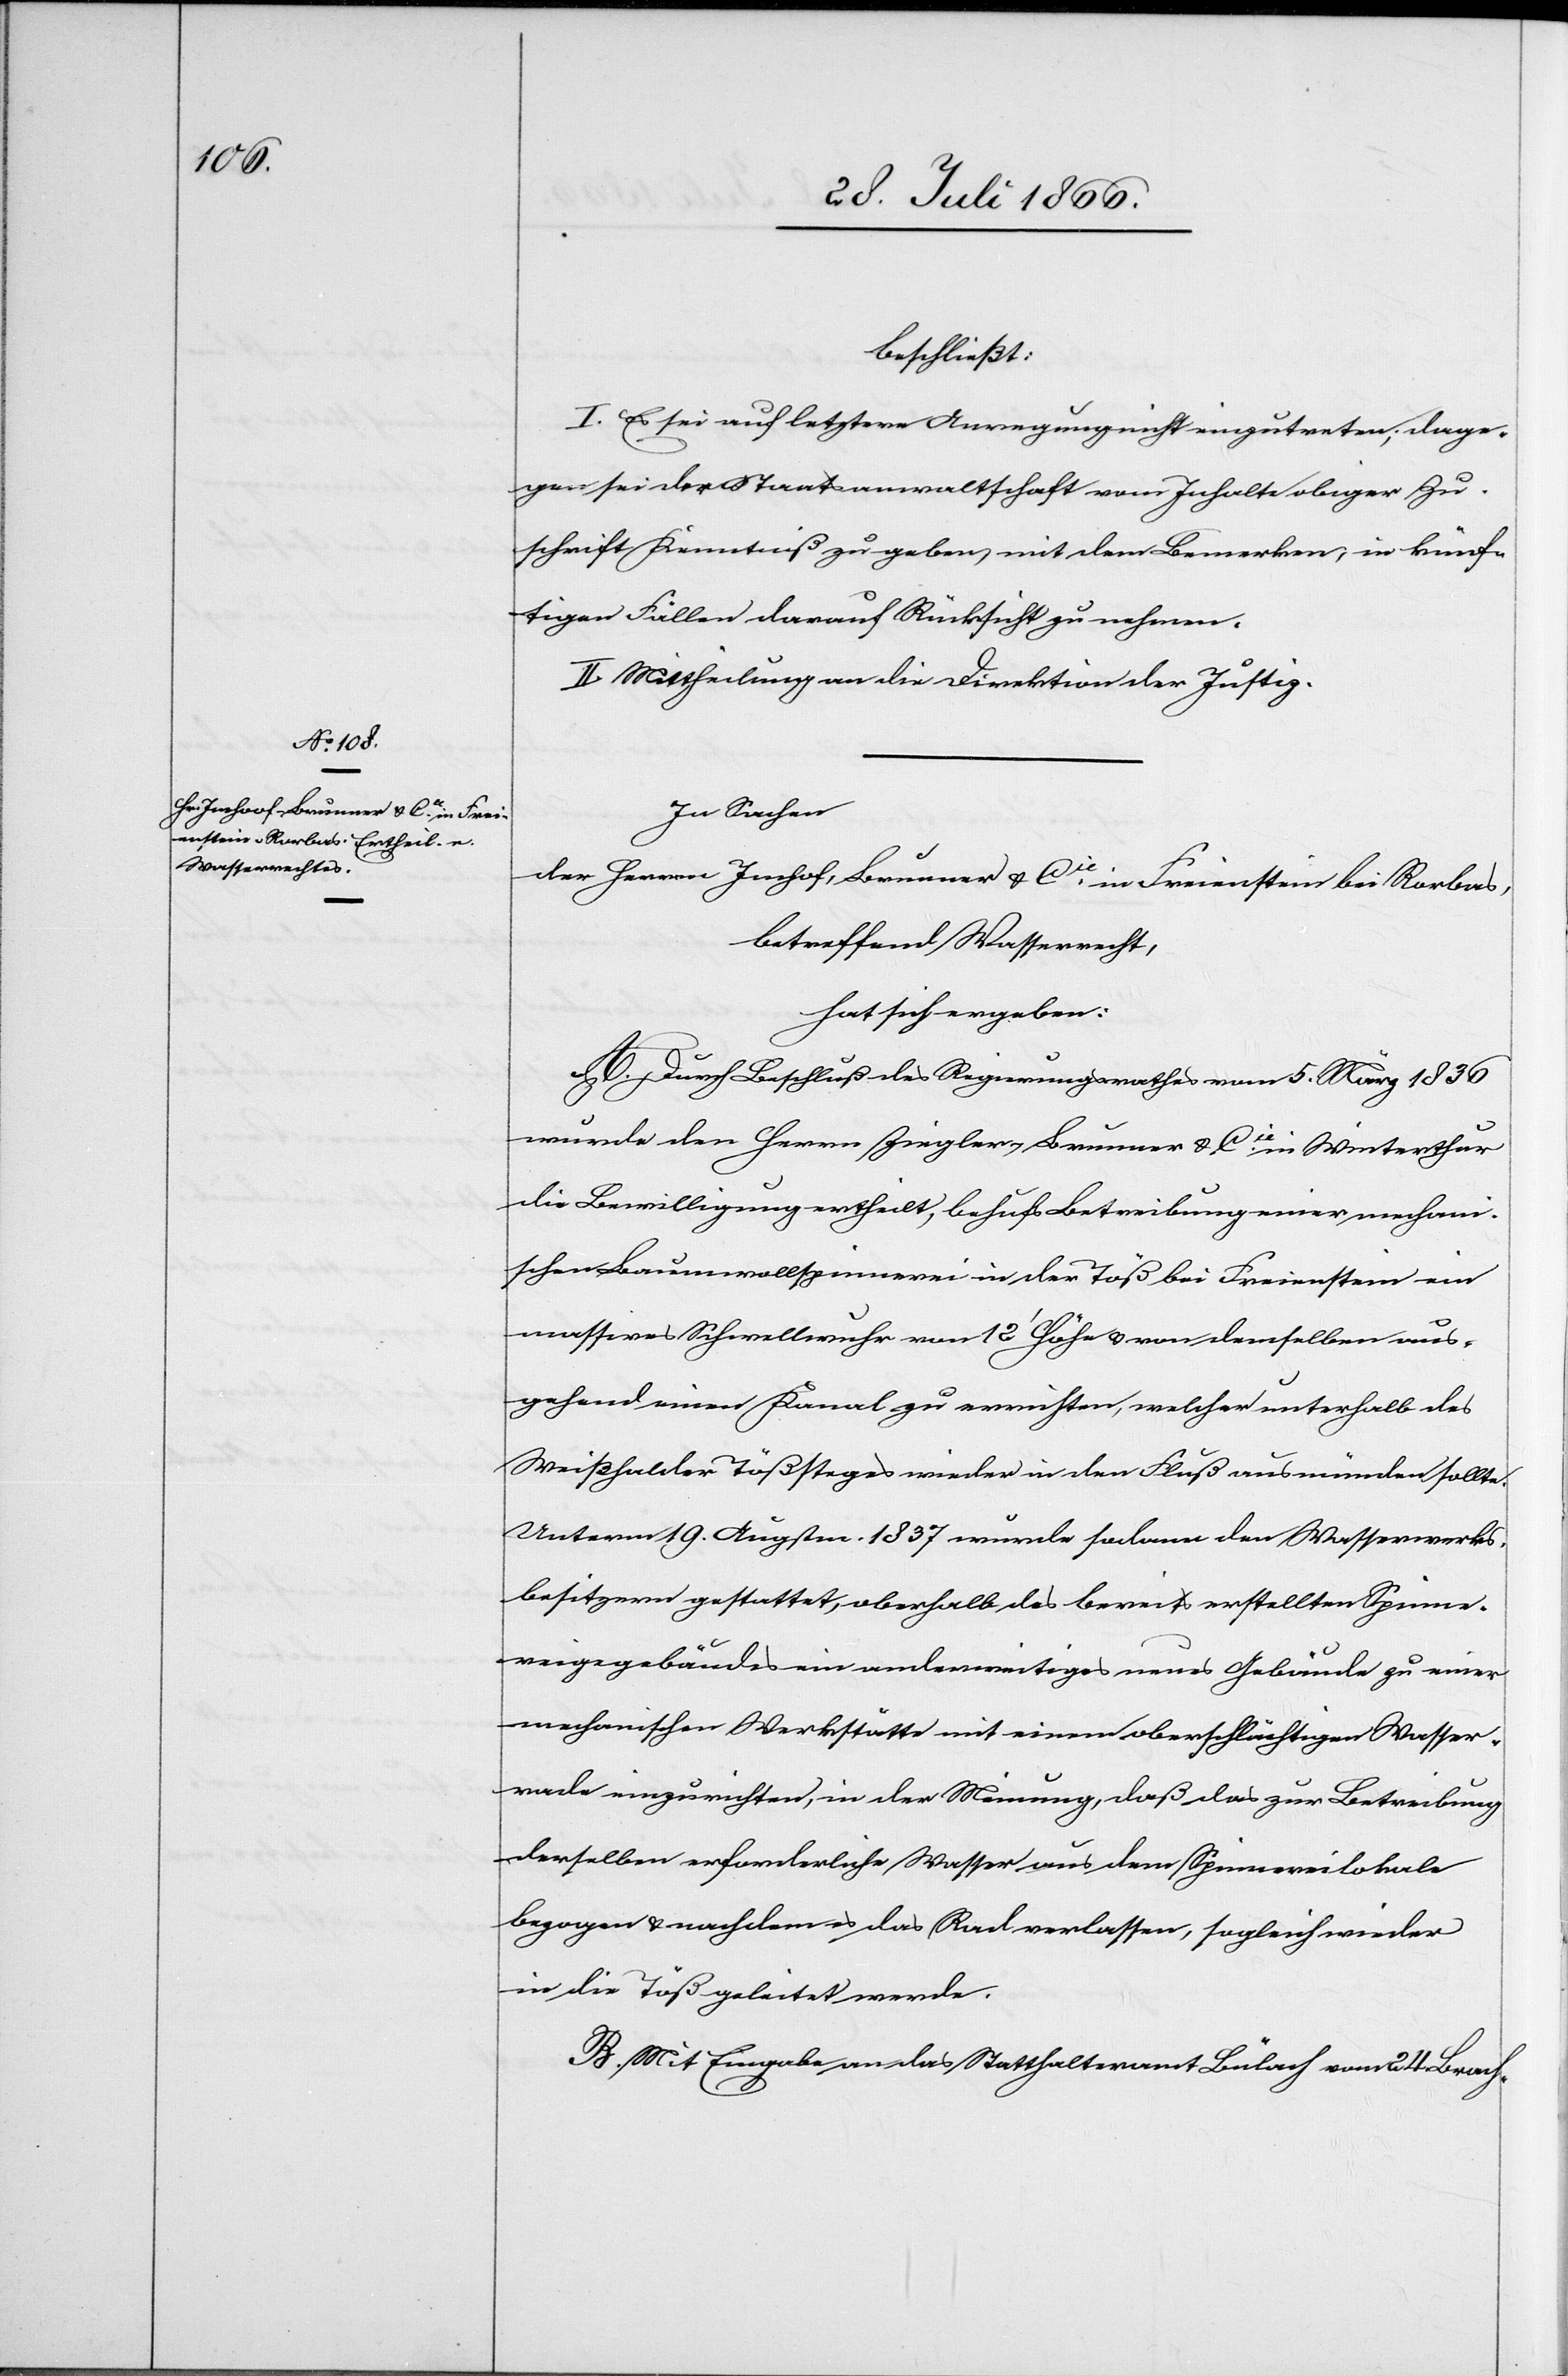
beschließt:
I. Es sei auf letztere Anregung nicht einzutreten; dage¬
gen sei der Staatsanwaltschaft vom Inhalte obiger Zu¬
schrift Kenntniß zu geben, mit dem Bemerken, in künf¬
tigen Fällen darauf Rücksicht zu nehmen.
II. Mittheilung an die Direktion der Justiz.
In Sachen
der Herren Imhof [sic!], Brunner u. Cie., in Freienstein bei Rorbas,
betreffend Wasserrecht,
hat sich ergeben:
A. Durch Beschluß des Regierungsrathes vom 5. März 1836
wurde den Herrn Ziegler, Brunner u. Cie. in Winterthur
die Bewilligung ertheilt, behufs Betreibung einer mechani¬
schen Baumwollspinnerei in der Töß bei Freienstein ein
massives Schwellwuhr von 12‘ Höhe u. von demselben aus¬
gehend einen Kanal zu errichten, welcher unterhalb des
Weißhalder Tößsteges wieder in den Fluß ausmünden sollte.
Unterm 19. Augstm. 1837 wurde sodann den Wasserwerks¬
besitzern gestattet, oberhalb des bereits erstellten Spinne¬
reigebäudes ein anderweitiges neues Gebäude zu einer
mechanischen Werkstätte mit einem oberschlächtigen Wasser¬
rade einzurichten, in der Meinung, daß das zur Betreibung
derselben erforderliche Wasser aus dem Spinnereilokale
bezogen u. nachdem es das Rad verlassen, sogleich wieder
in die Töß geleitet werde.
B. Mit Eingabe an das Statthalteramt Bülach vom 24. Brach-